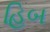
હિબ